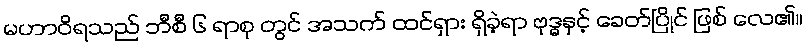
မဟာဝိရသည် ဘီစီ ၆ ရာစု တွင် အသက် ထင်ရှား ရှိခဲ့ရာ ဗုဒ္ဓနှင့် ခေတ်ပြိုင် ဖြစ် လေ၏။